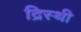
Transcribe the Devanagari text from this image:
द्रिस्थी